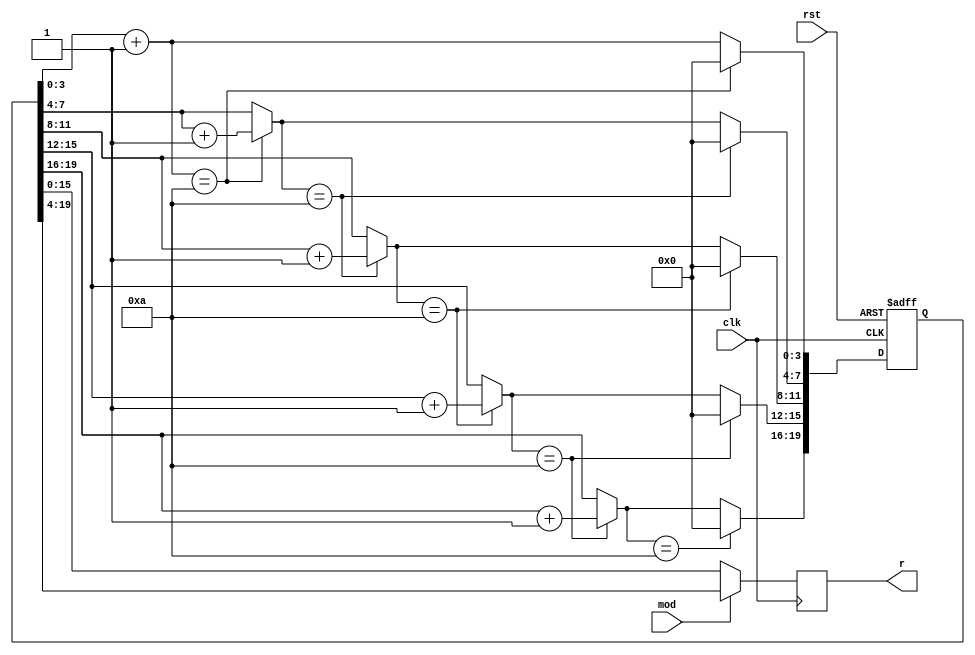
module DecimalCounter(clk,rst,mod,r);
	input wire clk,rst,mod;
	output reg [15:0]r;
	reg [19:0]D;
	initial
	begin
		D<=20'b0000_0000_0000_0000_0000;
	end
	
	always@(posedge clk or negedge rst)
	begin
		if(rst==0) begin D<=20'b0000_0000_0000_0000_0000;  end
		else
		begin
			D[3:0]=D[3:0]+1;
			if(D[3:0]==4'b1010) begin D[3:0]=4'b0000; D[7:4]=D[7:4]+1; end 
			if(D[7:4]==4'b1010) begin D[7:4]=4'b0000; D[11:8]=D[11:8]+1; end 
			if(D[11:8]==4'b1010) begin D[11:8]=4'b0000; D[15:12]=D[15:12]+1; end 
			if(D[15:12]==4'b1010) begin D[15:12]=4'b0000; D[19:16]=D[19:16]+1; end 
			if(D[19:16]==4'b1010) begin D[19:16]=4'b0000; end
		end
	end
	always@(posedge clk)
	begin
		if(mod==1)  r<=D[19:4];
		else		r<=D[15:0];
	end
endmodule